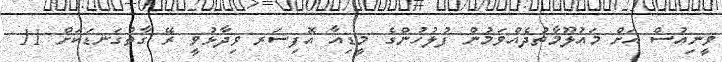
ވީނިއުސް އަށް މައުލޫމާތުދެއްވަމުން ފުލުހުންގެ މީޑިއާ އޮފިސަރ ވިދާޅުވީ ރޭ ގާތްގަނޑަކަށް 11